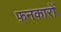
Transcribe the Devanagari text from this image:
फ़नकारों